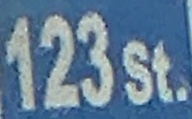
123 St.